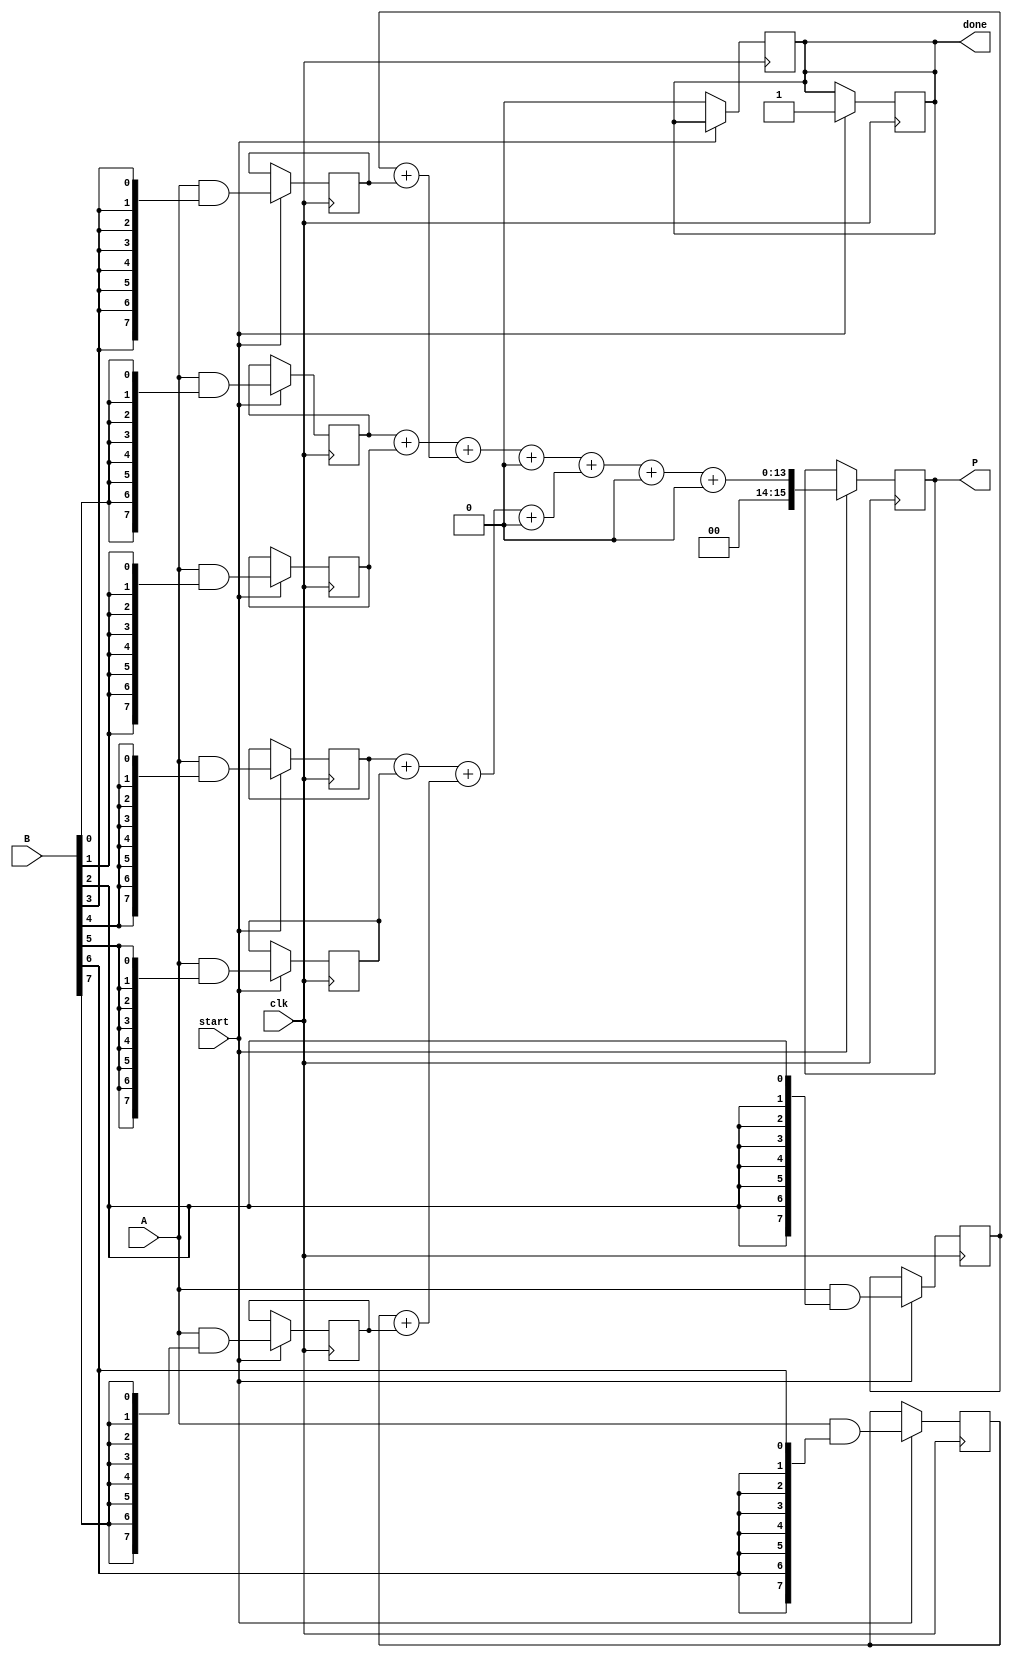
module wallace_tree_multiplier #(parameter N = 8) (
    input  wire [N-1:0] A,
    input  wire [N-1:0] B,
    input  wire clk,
    input  wire start,
    output reg [2*N-1:0] P,
    output reg done
);
    
    reg [N-1:0] partial_products [0:N-1];
    reg [2*N-1:0] sum [0:N-1];
    reg [N-1:0] carry [0:N-1];
    integer i, j;
    
    // Generate Partial Products
    always @(posedge clk) begin
        if (start) begin
            for (i = 0; i < N; i = i + 1) begin
                partial_products[i] = A & {N{B[i]}};
            end
        end
    end

    // Wallace Tree Reduction
    always @(posedge clk) begin
        if (start) begin
            // Initialize sums and carries
            for (i = 0; i < N; i = i + 1) begin
                sum[i] = {1'b0, partial_products[i]};
                carry[i] = 0;
            end
            
            // Combine partial products in a tree structure
            // Level 1
            for (i = 0; i < N/2; i = i + 1) begin
                {carry[i], sum[i]} = sum[2*i] + sum[2*i + 1];
            end
            
            // Handle odd partial product
            if (N % 2 == 1) begin
                sum[N/2] = sum[N-1];
            end
            
            // Level 2 and onward reduction
            // This example assumes a fixed number of levels; adjust as necessary
            for (j = 1; j < $clog2(N); j = j + 1) begin
                for (i = 0; i < (N >> (j + 1)); i = i + 1) begin
                    {carry[i], sum[i]} = sum[2*i] + sum[2*i + 1] + carry[2*i];
                end
                if ((N >> j) % 2 == 1) begin
                    sum[N >> (j + 1)] = sum[N - 1];
                end
            end
            
            // Final sum
            P = sum[0] + carry[0];
            done = 1'b1; // Indicate that multiplication is done
        end
    end

    // Reset done signal
    always @(posedge clk) begin
        if (!start) begin
            done <= 1'b0;
        end
    end

endmodule